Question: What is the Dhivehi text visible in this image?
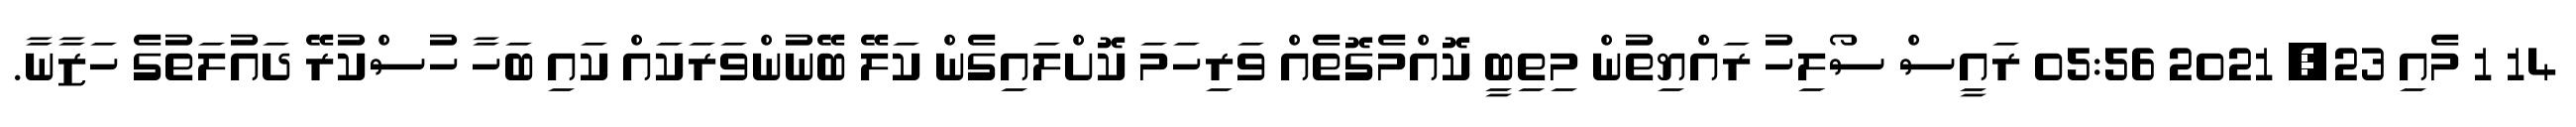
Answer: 14 1 މެއި 23, 2021 05:56 ރައީސް ސޯލިހު ރައްޔިތުން މިތިބީ ކޮއްމެގޮތެއް ވަރިހަމަ ކޮށްލައިގެން ކަލޭ ބޭނުންވަރަކައް ކައި ބަހާ ހުސްކުރޭ ދައުލަތުގެ ހަޒާނާ.